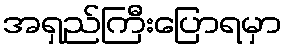
အရှည်ကြီးပြောရမှာ